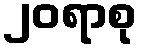
၂၀ရာစု